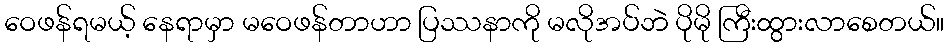
ဝေဖန်ရမယ့် နေရာမှာ မဝေဖန်တာဟာ ပြဿနာကို မလိုအပ်ဘဲ ပိုမို ကြီးထွားလာစေတယ်။